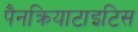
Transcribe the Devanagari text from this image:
पैनक्रियाटाइटिस